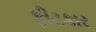
ફીટકાર